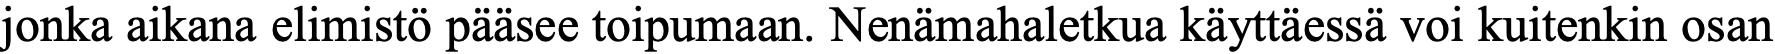
jonka aikana elimistö pääsee toipumaan. Nenämahaletkua käyttäessä voi kuitenkin osan